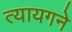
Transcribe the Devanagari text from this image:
त्यायगने